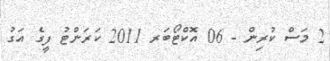
2 މަސް ކުރިން - 06 އޮކްޓޯބަރ 2011 ކަރަންޓު ފީގެ އަގު